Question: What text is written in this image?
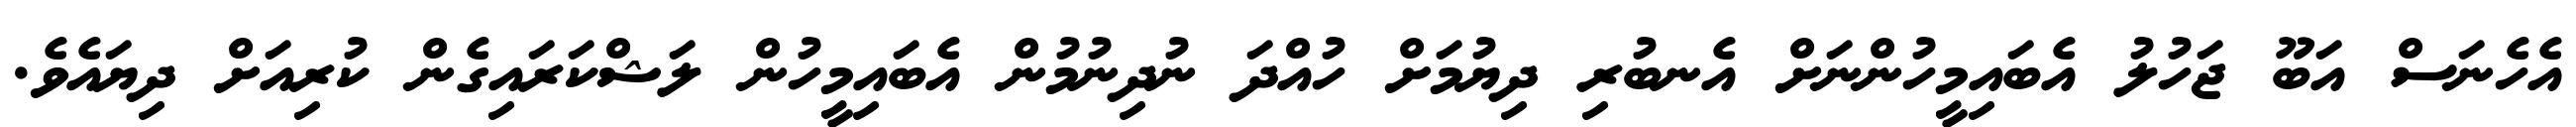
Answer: އެހެނަސް އަބޫ ޖަހުލު އެބައިމީހުންނަށް އެނބުރި ދިޔުމަށް ހުއްދަ ނުދިނުމުން އެބައިމީހުން ލަޝްކަރައިގެން ކުރިއަށް ދިޔައެވެ.